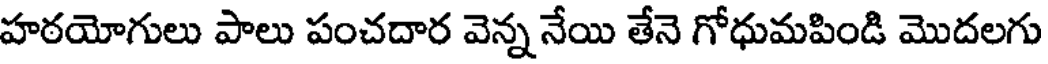
హఠయోగులు పాలు పంచదార వెన్న నేయి తేనె గోధుమపిండి మొదలగు